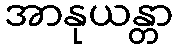
အာနုယန္တာ